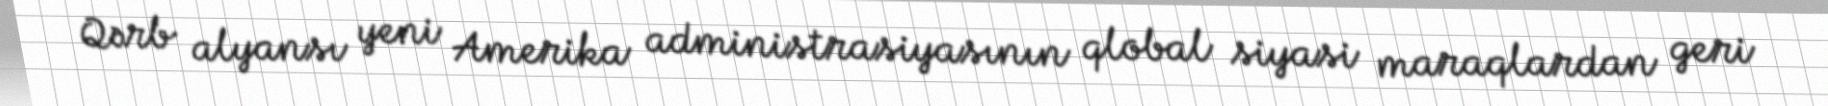
Qərb alyansı yeni Amerika administrasiyasının qlobal siyasi maraqlardan geri